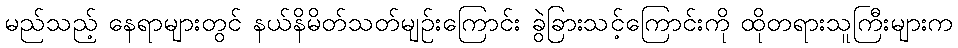
မည်သည့် နေရာများတွင် နယ်နိမိတ်သတ်မျဉ်းကြောင်း ခွဲခြားသင့်ကြောင်းကို ထိုတရားသူကြီးများက